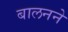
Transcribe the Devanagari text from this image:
बालनने